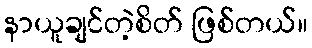
နာယူချင်တဲ့စိတ် ဖြစ်တယ်။